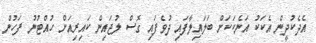
އެދެކުދީން އެކަކު އަނެކަކަށް ބަލައިލާފައި ދުވެފައި ގޮސް ލުޖައިން ކައިރިއަށް ހުއްޓުނު ފަހުން